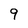
Character: 9